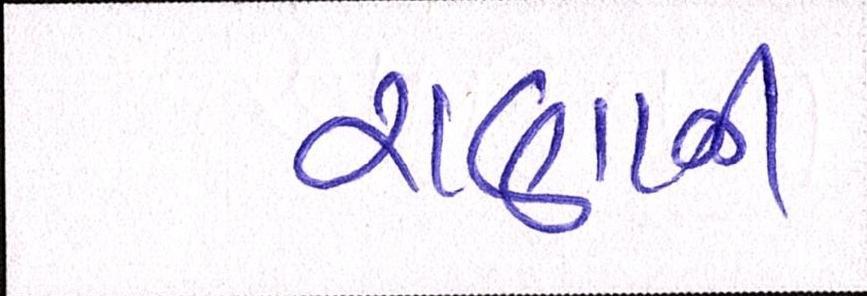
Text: રાણાની